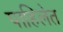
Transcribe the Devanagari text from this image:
पाहिलेत